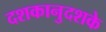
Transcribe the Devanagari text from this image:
दशकानुदशके